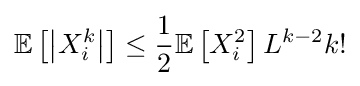
\mathbb {E} \left[\left|X_{i}^{k}\right|\right]\leq {\frac {1}{2}}\mathbb {E} \left[X_{i}^{2}\right]L^{k-2}k!